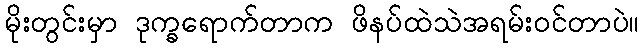
မိုးတွင်းမှာ ဒုက္ခရောက်တာက ဖိနပ်ထဲသဲအရမ်းဝင်တာပဲ။